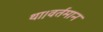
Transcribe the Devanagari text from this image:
था।वर्तमान